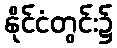
နိုင်ငံတွင်း၌